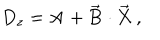
D _ { z } = \textbf { A } + \overrightarrow { \mathbf { B } } \cdot \overrightarrow { \mathbf { X } } \, ,